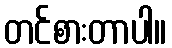
တင်စားတာပါ။